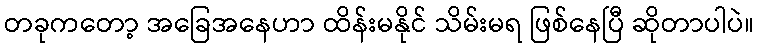
တခုကတော့ အခြေအနေဟာ ထိန်းမနိုင် သိမ်းမရ ဖြစ်နေပြီ ဆိုတာပါပဲ။